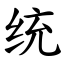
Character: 统